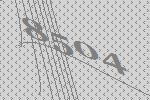
8504